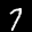
Label: 7